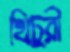
খিচুরী